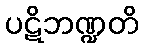
ပဋိဘဏ္ဍတိ